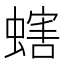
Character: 螛